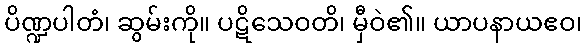
ပိဏ္ဍပါတံ၊ ဆွမ်းကို။ ပဋိသေဝတိ၊ မှီဝဲ၏။ ယာပနာယဧဝ၊